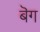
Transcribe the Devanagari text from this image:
बॆग